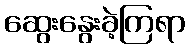
ဆွေးနွေးခဲ့ကြရာ